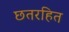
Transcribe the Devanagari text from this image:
छतरहित